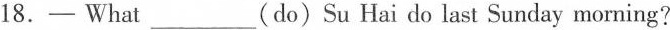
18.-—What ___ (do)Su Hai do last Sunday morning?